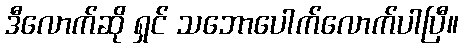
ဒီလောက်ဆို ရှင် သဘောပေါက်လောက်ပါပြီ။